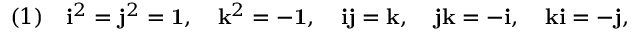
( 1 ) \quad { \mathrm { \bf { i } } } ^ { 2 } = { \mathrm { \bf { j } } } ^ { 2 } = { \mathrm { \bf { 1 } } } , \quad { \mathrm { \bf { k } } } ^ { 2 } = - { \mathrm { \bf { 1 } } } , \quad { \mathrm { \bf { i } } } { \mathrm { \bf { j } } } = { \mathrm { \bf { k } } } , \quad { \mathrm { \bf { j } } } { \mathrm { \bf { k } } } = - { \mathrm { \bf { i } } } , \quad { \mathrm { \bf { k } } } { \mathrm { \bf { i } } } = - { \mathrm { \bf { j } } } ,